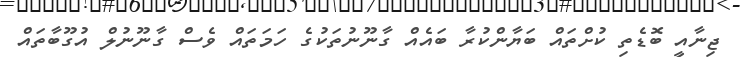
ޖިނާއީ ބޮޑެތި ކުށްތައް ބަޔާންކުރާ ބައެއް ގާނޫނުތަކުގެ ހަމަތައް ވެސް ގާނޫނުލް އުގޫބާތައް